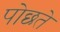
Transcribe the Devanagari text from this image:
पोछते